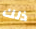
ذلك